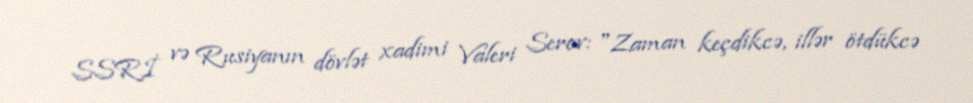
SSRİ və Rusiyanın dövlət xadimi Valeri Serov: "Zaman keçdikcə, illər ötdükcə